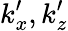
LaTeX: k_{x}^{\prime},k_{z}^{\prime}